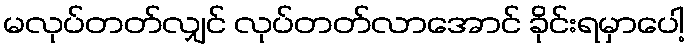
မလုပ်တတ်လျှင် လုပ်တတ်လာအောင် ခိုင်းရမှာပေါ့